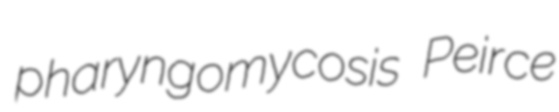
pharyngomycosis Peirce